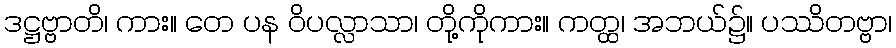
ဒဋ္ဌဗ္ဗာတိ၊ ကား။ တေ ပန ဝိပလ္လာသာ၊ တို့ကိုကား။ ကတ္ထ၊ အဘယ်၌။ ပဿိတဗ္ဗာ၊